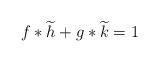
LaTeX: \begin{align*}f*\widetilde{h}+g*\widetilde{k}=1\end{align*}